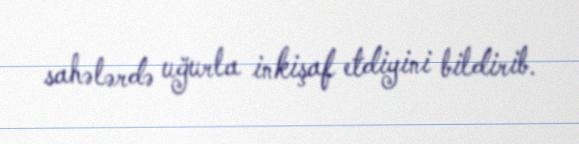
sahələrdə uğurla inkişaf etdiyini bildirib.